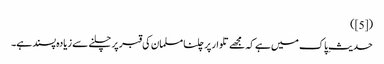
([5])
حدیثِ پاک میں ہے کہ مجھے تلوار پر چلنا مسلمان کی قبر پر چلنے سے زیادہ پسند ہے۔